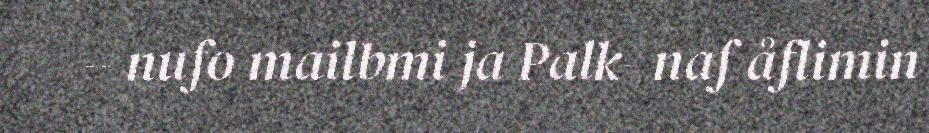
– nufo mailbmi ja Palk- naf åflimin